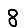
Digit: 8